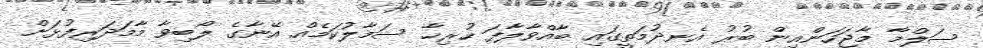
ސަލްމާ މާޖަހަންއިން ބުރު އެނދުމަތީގައި ބާއްވާލާފަ ހުރިހާ ސަމާލުކަމެއް އޭނާގެ ލޯބިވާ މާމަދަރިފުޅަށް